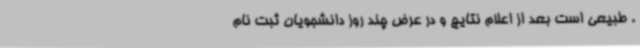
. طبیعی است بعد از اعلام نتایج و در عرض چند روز دانشجویان ثبت نام